Indian Medical Review
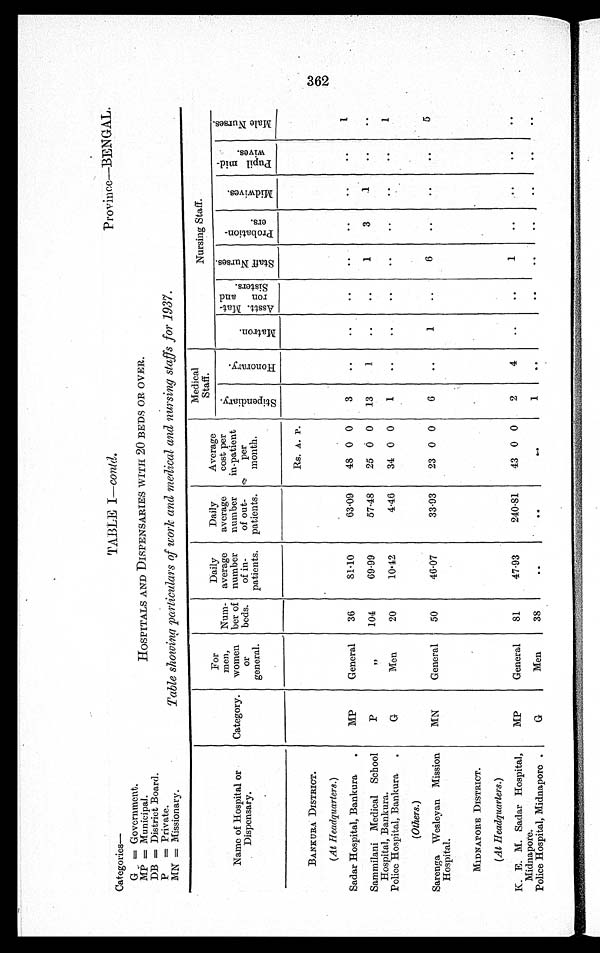
Categories—
TABLE I—contd.
Province—BENGAL.
G = Government.
MP = Municipal.
HOSPITALS AND DISPENSARIES WITH 20 BEDS OR OVER.
DB = District Board.
P
= Private.
MN = Missionary.
Table showing particulars of work and medical and nursing staffs for 1937.
Name of Hospital or
Dispensary.
Category.
For
men,
women
or
general.
Num-
ber of
beds.
Daily
average
number
of in-
patients.
Daily
average
number
of out-
patients.
Average
cost per
in-patient
per
month.
Medical
Staff.
Nursing Staff.
S t i p e n d i a r y .
H o n o r a r y .
M a t r o n .
A s s t t . M a t -
r o n a n d
S i s t e r s .
S t a f f N u r s e s .
P r o b a t i o n -
e r s .
M i d w i v e s .
P u p i l m i d -
w i v e s .
M a l e N u r s e s .
BANKURA DISTRICT.
Rs. A. P.
(At Headquarters.)
Sadar Hospital, Bankura
MP
General
36
8 1 · 1 0
63·09
48 0 0
3
..
..
..
. .
. .
. .
. .
1
Sammilani Medical School
Hospital, Bankura.
P
,,
104
69·99
57·48
25 0 0
13
1
..
..
1
3
1
. .
. .
Police Hospital, Bankura
G
Men
20
10·42
4·46
34 0 0
1
..
. .
. .
. .
. .
. .
. .
1
(Others.)
Sarenga Wesleyan Mission
Hospital.
MN
General
50
46·07
33·93
23 0 0
6
..
1
..
6
..
..
. .
5
MIDNAPORE DISTRICT.
(At Headquarters.)
K. E. M. Sadar Hospital,
Midnapore.
MP
General
81
47·93
240·81
43 0 0
2
4
..
..
1
..
. .
. .
. .
Police Hospital, Midnapore
G
Men
38
. .
. .
. .
1
..
..
. .
. .
. .
. .
. .
362